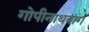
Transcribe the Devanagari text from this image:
गोपीनाथबाग